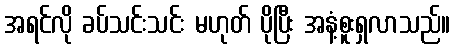
အရင်လို ခပ်သင်းသင်း မဟုတ် ပိုပြီး အနံ့စူးရှလာသည်။